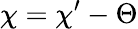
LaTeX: \chi=\chi^{\prime}-\Theta